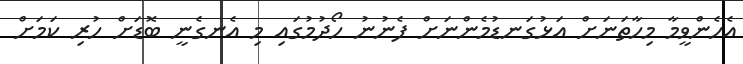
އެހެންވީމާ މިހާތަނަށް އަޅުގަނޑުމެންނަށް ފެނުނު ހޯދުމުގައި މި އެނގެނީ ބޮޑަށް ހުރި ކަމަށް